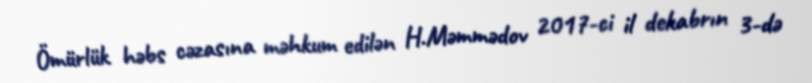
Ömürlük həbs cəzasına məhkum edilən H.Məmmədov 2017-ci il dekabrın 3-də